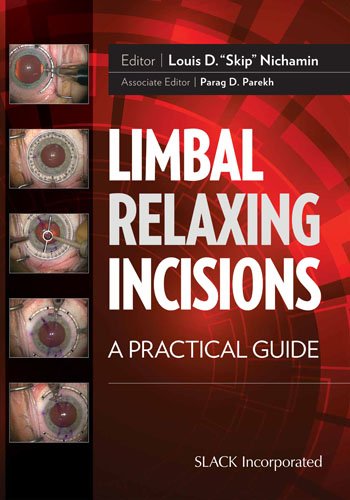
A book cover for Limbal Relaxing Incisions: A Practical Guide; Louis D Nichamin MD; Medical Books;